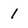
Character: 1